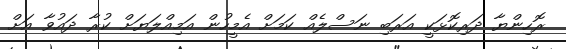
ރޮހިންޔާ ދަރިކޮޅަކީ އަރަބި ނަސްލެއް ކަމަށް އެމީހުން އަމިއްލަޔަށް ކުރާ ދައުވާ އަށް